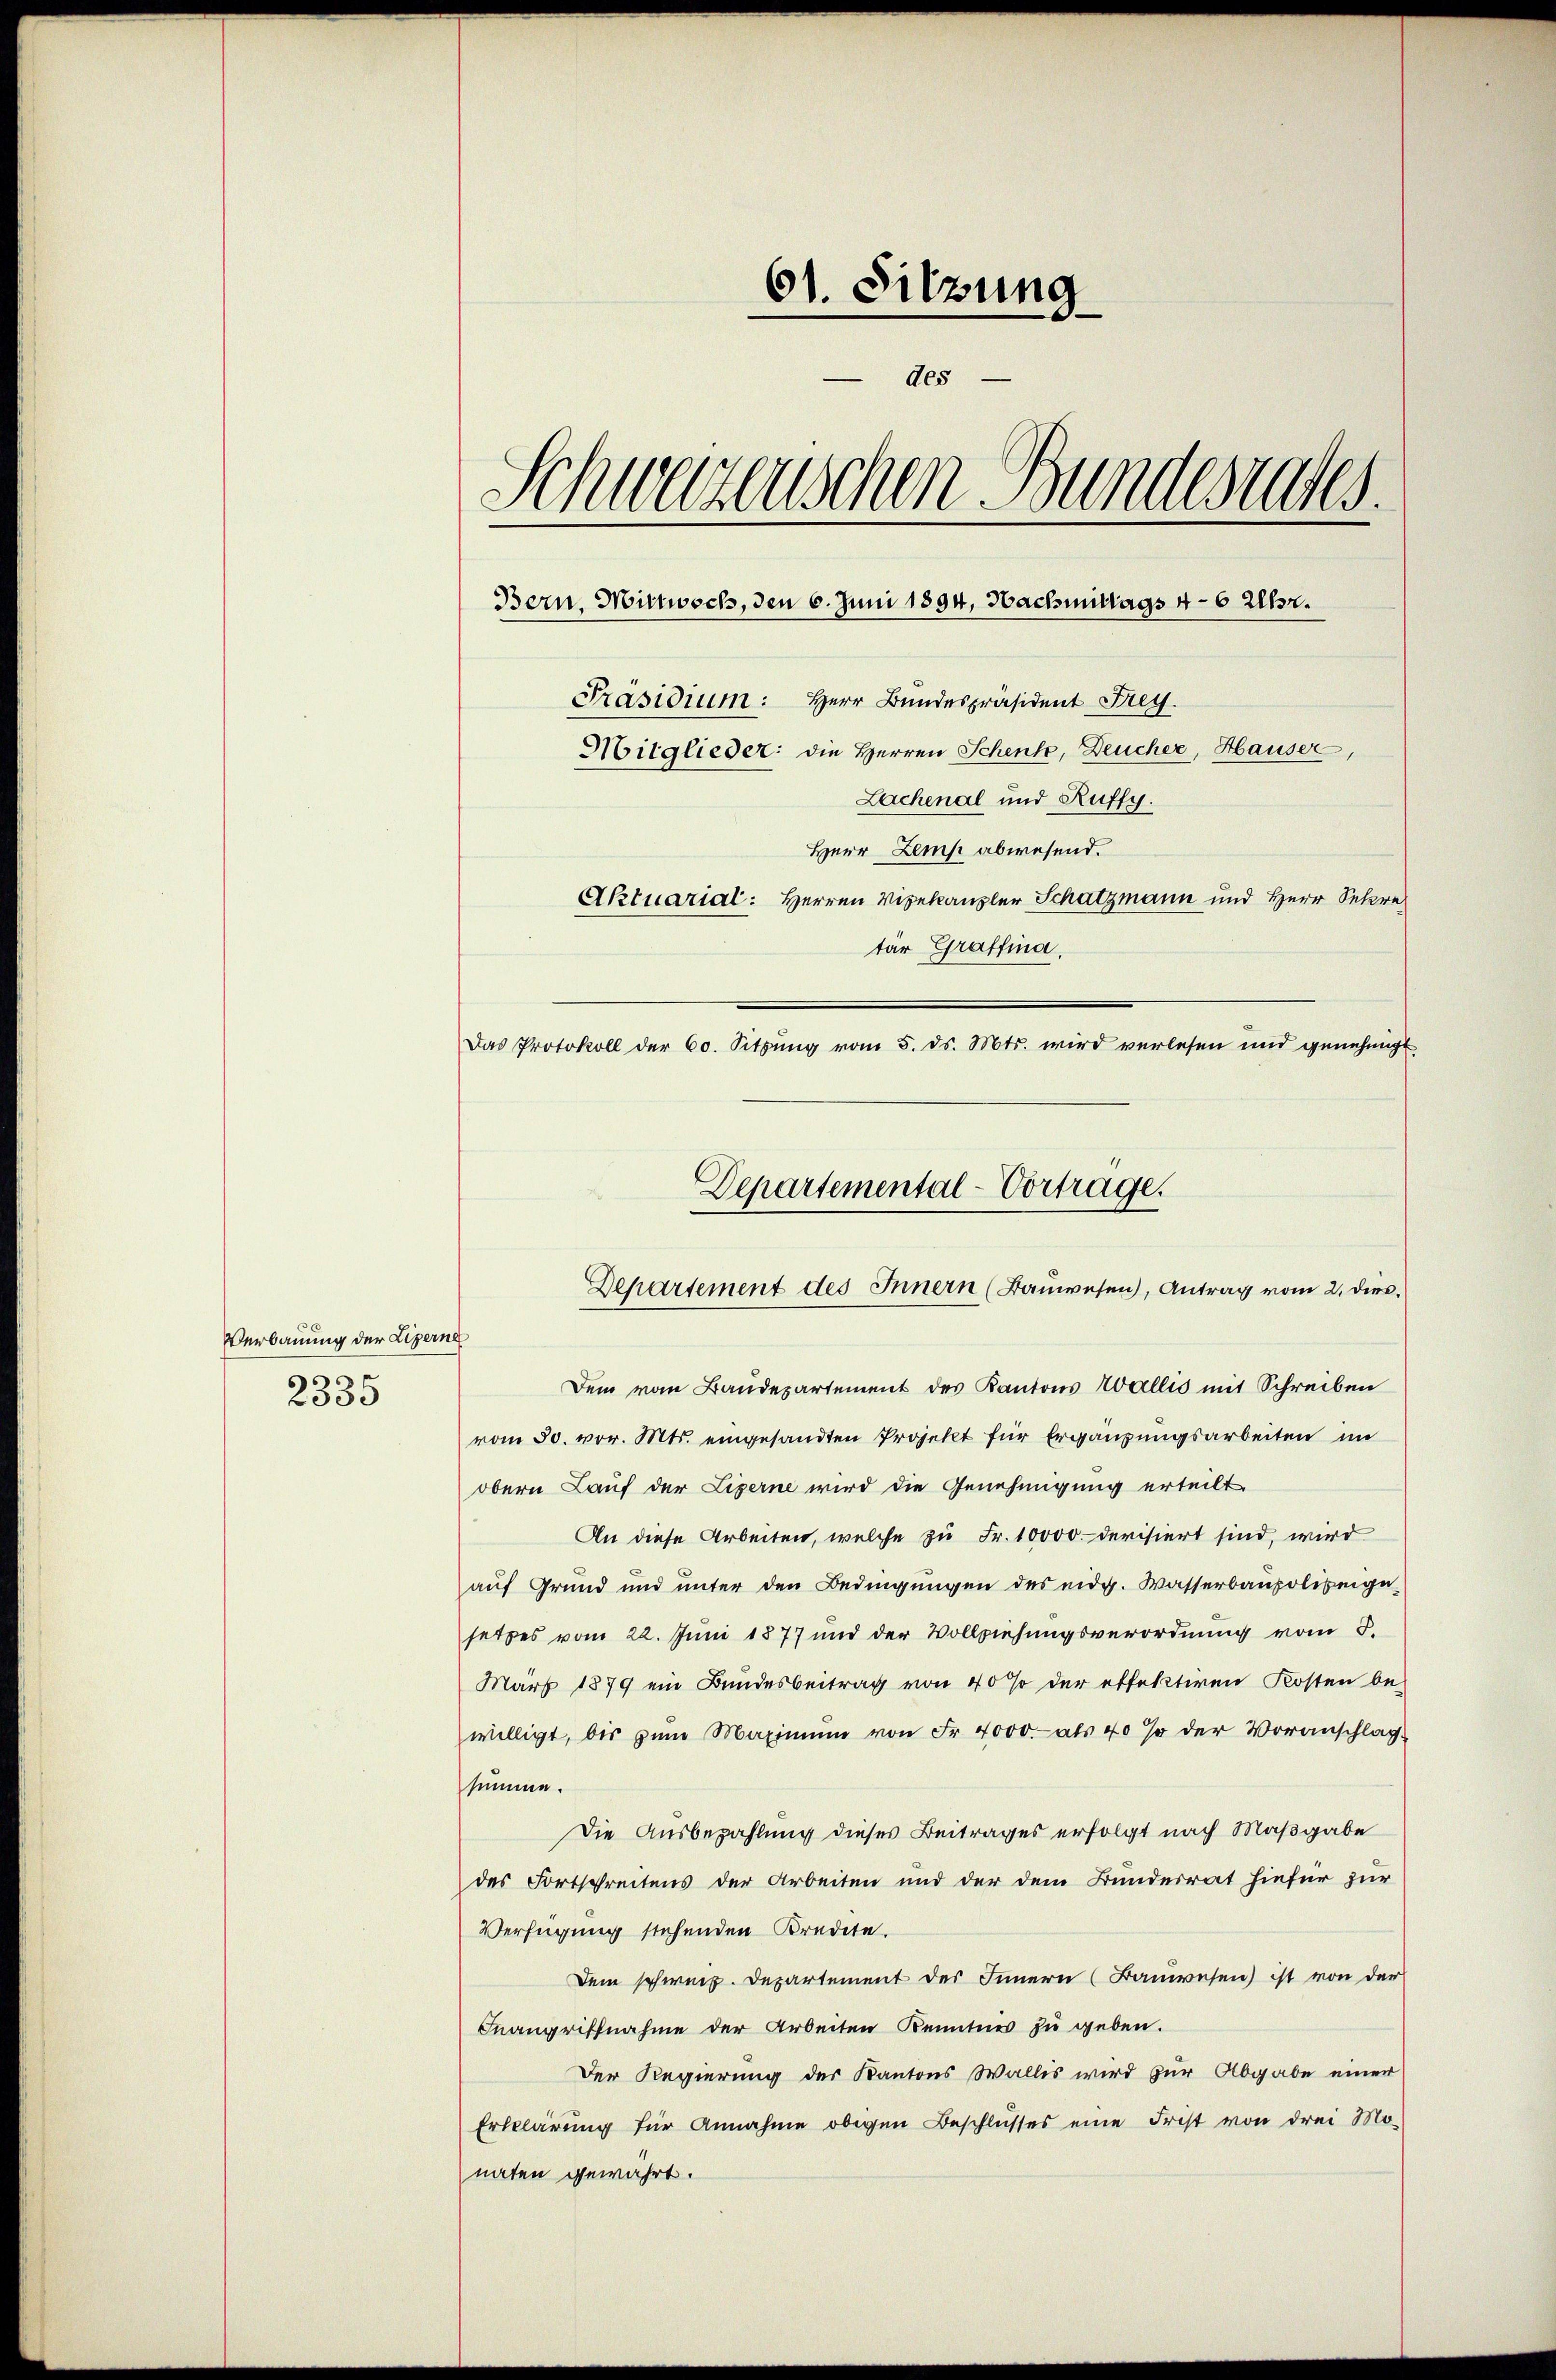
Verbauung der Lizern
n
0

61. Sitzung
des
Schweizerischen Bundesrates
Bern, Mittwoch, den 6. Juni 1894, Nachmittags 4-6 Uhr.
Präsidium: Herr Bundespräsident Frey.
Mitglieder: die Herren Schenk, Deucher, Hauser,
Lachenal und Ruffy.
Herr Lemp abwesend.
Aktuarial: Herren Vizekanzler Schatzmann und Herr Sekretär Graffina.
Das Protokoll der 60. Sitzung vom 5. ds. Mts. wird verlesen und genehmigt

Departemental-Vortrage.
Departement des Innern (Bauwesen, Antrag vom 2. dies

f
Dem vom Baudepartement des Kantons Wallis mit Schreiben
vom 30. vor. Mts. eingesandten Projekt für Ergänzungsarbeiten im
obern Lauf der Ligerne wird die Genehmigung erteilt
An diese Arbeiten, welche zu Fr. 10000. Devisiert sind, wird
auf Grund und unter den Bedingungen des eidg. Wasserbaupolizeigesetzes vom 22. Juni 1877 und der Vollziehungsverordnung vom 3.
März 1879 ein Bundesbeitrag von 40% der effektiren Kosten be-
willigt, bis zŭm Maximŭm von Fr. 4000.- als 40 % der Voranschlag
summe.
Die Ausbezahlung dieses Beitrages erfolgt nach Maßgabe
des Fortschreitens der Arbeiten und der dem Bundesrat hiefür zur
Verfügung stehenden Kredite.
Dem schweiz. Departement des Innern (Bauwesen) ist von der
Fnangriffnahme der Arbeiten Kenntnis zu geben.
Der Regierung der Kantons Wallis wird zur Abgabe einer
Erklärung für Annahme oben Beschlusses eine Frist von drei Mo-
naten gewährt.